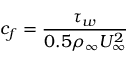
c _ { f } = \frac { \tau _ { w } } { 0 . 5 \rho _ { \infty } U _ { \infty } ^ { 2 } }